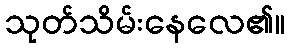
သုတ်သိမ်းနေလေ၏။